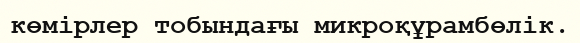
көмірлер тобындағы микроқұрамбөлік.